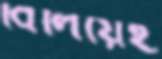
বিলিয়েই